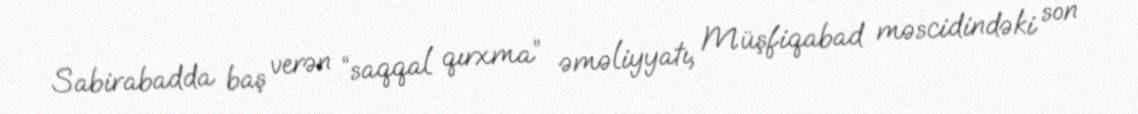
Sabirabadda baş verən “saqqal qırxma” əməliyyatı, Müşfiqabad məscidindəki son